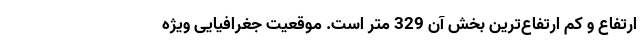
ارتفاع و کم ارتفاع‌ترین بخش آن 329 متر است. موقعیت جغرافیایی ویژه